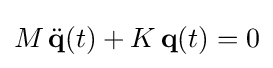
M\,{\ddot {\textbf {q}}}(t)+K\,{\textbf {q}}(t)=0